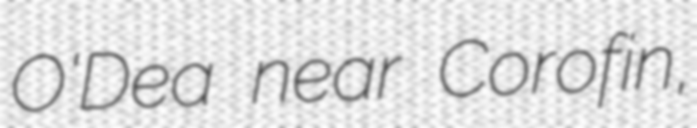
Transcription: O'Dea near Corofin,